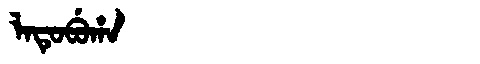
Manchu: ᠯᠠᡨᡠᠪᡠᡥᠠ
Romanization: LATUBUHA